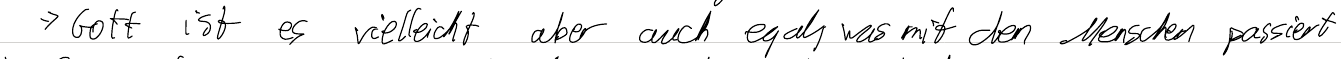
=> Gott ist es vielleicht aber auch egal, was mit den Menschen passiert